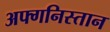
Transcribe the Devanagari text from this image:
अफ्गनिस्तान